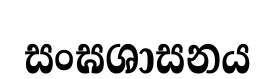
සංඝශාසනය